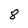
Character: 8